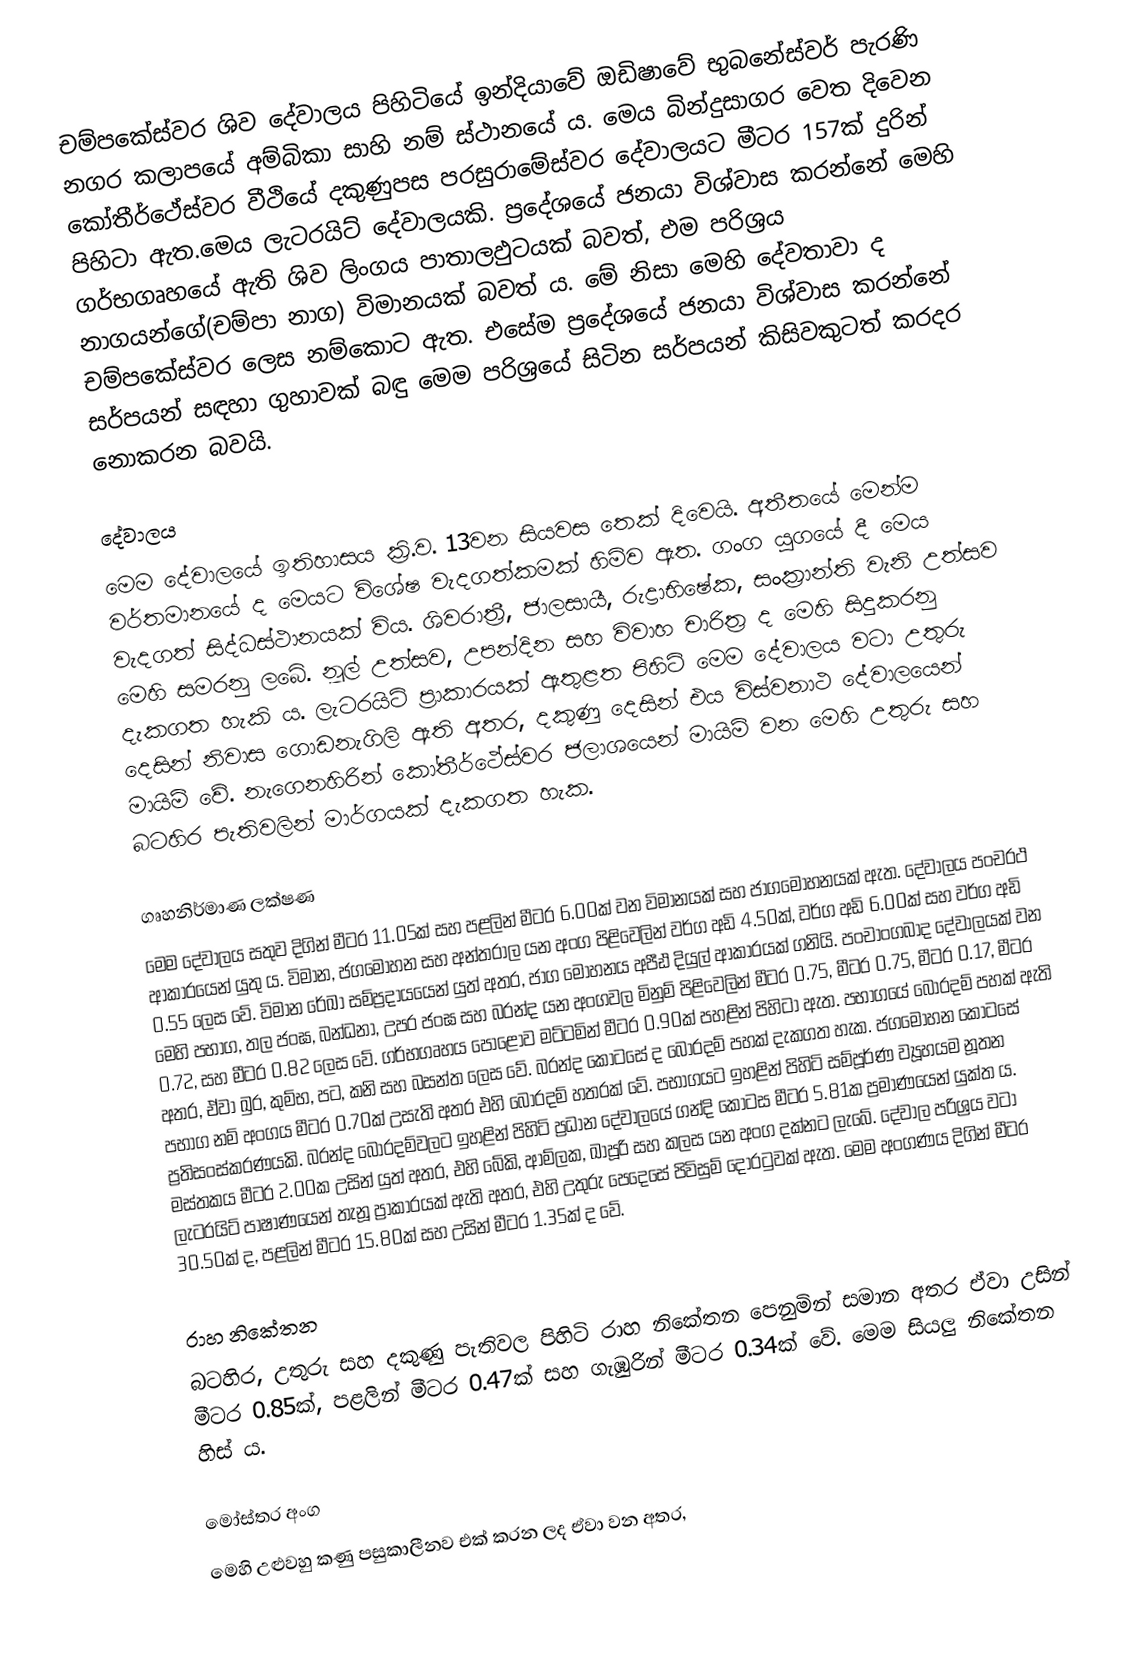
චම්පකේස්වර ශිව දේවාලය පිහිටියේ ඉන්දියාවේ ඔඩිෂාවේ භුබනේස්වර් පැරණි නගර කලාපයේ අම්බිකා සාහි නම් ස්ථානයේ ය. මෙය බින්දුසාගර වෙත දිවෙන කෝතීර්ථේස්වර වීථියේ දකුණුපස පරසුරාමේස්වර දේවාලයට මීටර 157ක් දුරින් පිහිටා ඇත.මෙය ලැටරයිට් දේවාලයකි. ප්‍රදේශයේ ජනයා විශ්වාස කරන්නේ මෙහි ගර්භගෘහයේ ඇති ශිව ලිංගය පාතාලඵුටයක් බවත්, එම පරිශ්‍රය නාගයන්ගේ(චම්පා නාග) විමානයක් බවත් ය. මේ නිසා මෙහි දේවතාවා ද චම්පකේස්වර ලෙස නම්කොට ඇත. එසේම ප්‍රදේශයේ ජනයා විශ්වාස කරන්නේ සර්පයන් සඳහා ගුහාවක් බඳු මෙම පරිශ්‍රයේ සිටින සර්පයන් කිසිවකුටත් කරදර නොකරන බවයි.

දේවාලය
මෙම දේවාලයේ ඉතිහාසය ක්‍රි.ව. 13වන සියවස තෙක් දිවෙයි. අතීතයේ මෙන්ම වර්තමානයේ ද මෙයට විශේෂ වැදගත්කමක් හිමිව ඇත. ගංග යුගයේ දී මෙය වැදගත් සිද්ධස්ථානයක් විය. ශිවරාත්‍රී, ජාලසායී, රුද්‍රාභිෂේක, සංක්‍රාන්ති වැනි උත්සව මෙහි සමරනු ලබේ. නූල් උත්සව, උපන්දින සහ විවාහ චාරිත්‍ර ද මෙහි සිදුකරනු දැකගත හැකි ය. ලැටරයිට් ප්‍රාකාරයක් ඇතුළත පිහිටි මෙම දේවාලය වටා උතුරු දෙසින් නිවාස ගොඩනැගිලි ඇති අතර, දකුණු දෙසින් එය විස්වනාථ දේවාලයෙන් මායිම් වේ. නැගෙනහිරින් කෝතීර්ථේස්වර ජලාශයෙන් මායිම් වන මෙහි උතුරු සහ බටහිර පැතිවලින් මාර්ගයක් දැකගත හැක.

ගෘහනිර්මාණ ලක්ෂණ
මෙම දේවාලය සතුව දිගින් මීටර 11.05ක් සහ පළලින් මීටර 6.00ක් වන විමානයක් සහ ජාගමෝහනයක් ඇත. දේවාලය පංචරථ ආකාරයෙන් යුතු ය. විමාන, ජගමෝහන සහ අන්තරාල යන අංග පිළිවෙලින් වර්ග අඩි 4.50ක්, වර්ග අඩි 6.00ක් සහ වර්ග අඩි 0.55 ලෙස වේ. විමාන රේඛා සම්ප්‍රදායයෙන් යුත් අතර, ජාග මෝහනය අපීඪ දියුල් ආකාරයක් ගනියි. පංචාංගබාද දේවාලයක් වන මෙහි පභාග, තල ජංඝ, බන්ධනා, උපර ජංඝ සහ බරන්ද යන අංගවල මිනුම් පිළිවෙලින් මීටර 0.75, මීටර 0.75, මීටර 0.17, මීටර 0.72, සහ මීටර 0.82 ලෙස වේ. ගර්භගෘහය පොළොව මට්ටමින් මීටර 0.90ක් පහළින් පිහිටා ඇත. පභාගයේ බොරදම් පහක් ඇති අතර, ඒවා ඛුර, කුම්භ, පට, කනි සහ බසන්ත ලෙස වේ. බරන්ද කොටසේ ද බොරදම් පහක් දැකගත හැක. ජගමෝහන කොටසේ පභාග නම් අංගය  මීටර 0.70ක් උසැති අතර එහි බොරදම් හතරක් වේ. පභාගයට ඉහළින් පිහිටි සම්පූර්ණ ව්‍යූහයම නූතන ප්‍රතිසංස්කරණයකි. බරන්ද බොරදම්වලට ඉහළින් පිහිටි ප්‍රධාන දේවාලයේ ගන්දි කොටස මීටර 5.81ක ප්‍රමාණයෙන් යුක්ත ය. මස්තකය මීටර 2.00ක උසින් යුත් අතර, එහි බේකි, ආම්ලක, ඛාපූරි සහ කලස යන අංග දක්නට ලැබේ. දේවාල පරිශ්‍රය වටා ලැටරයිට් පාෂාණයෙන් තැනූ ප්‍රාකාරයක් ඇති අතර, එහි උතුරු පෙදෙසේ පිවිසුම් දොරටුවක් ඇත. මෙම අංගණය දිගින් මීටර 30.50ක් ද, පළලින් මීටර 15.80ක් සහ උසින් මීටර 1.35ක් ද වේ.

රාහ නිකේතන
බටහිර, උතුරු සහ දකුණු පැතිවල පිහිටි රාහ නිකේතන පෙනුමින් සමාන අතර ඒවා උසින් මීටර 0.85ක්, පළලින් මීටර 0.47ක් සහ ගැඹුරින් මීටර 0.34ක් වේ. මෙම සියලු නිකේතන හිස් ය.

මෝස්තර අංග
මෙහි උළුවහු කණු පසුකාලීනව එක් කරන ලද ඒවා වන අතර,